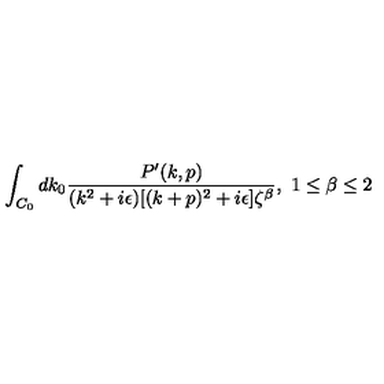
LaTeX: \int _ { C _ { 0 } } d k _ { 0 } { \frac { P ^ { \prime } ( k , p ) } { ( k ^ { 2 } + i \epsilon ) [ ( k + p ) ^ { 2 } + i \epsilon ] \zeta ^ { \beta } } } , \ 1 \leq \beta \leq 2